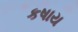
કષાય